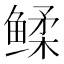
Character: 𬶧